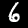
Digit: 6